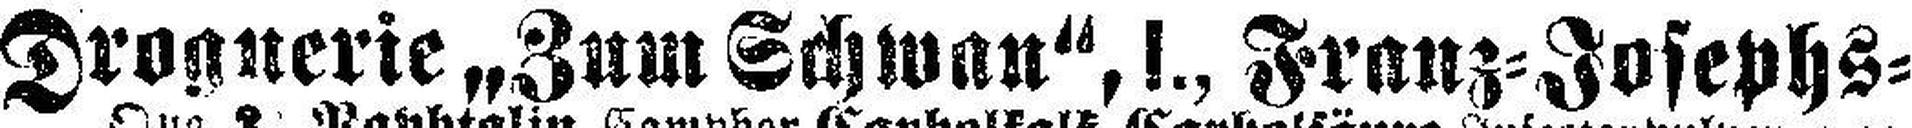
Drognerie „Zum Schwan", I., Franz=Josephs=